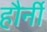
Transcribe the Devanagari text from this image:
हौर्नी